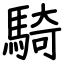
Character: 騎